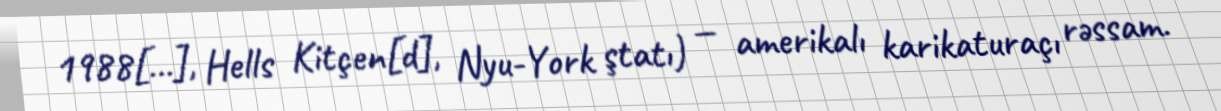
1988[…], Hells Kitçen[d], Nyu-York ştatı) — amerikalı karikaturaçı rəssam.